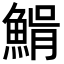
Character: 𩸠